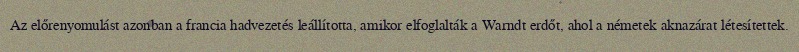
Az előrenyomulást azonban a francia hadvezetés leállította, amikor elfoglalták a Warndt erdőt, ahol a németek aknazárat létesítettek.